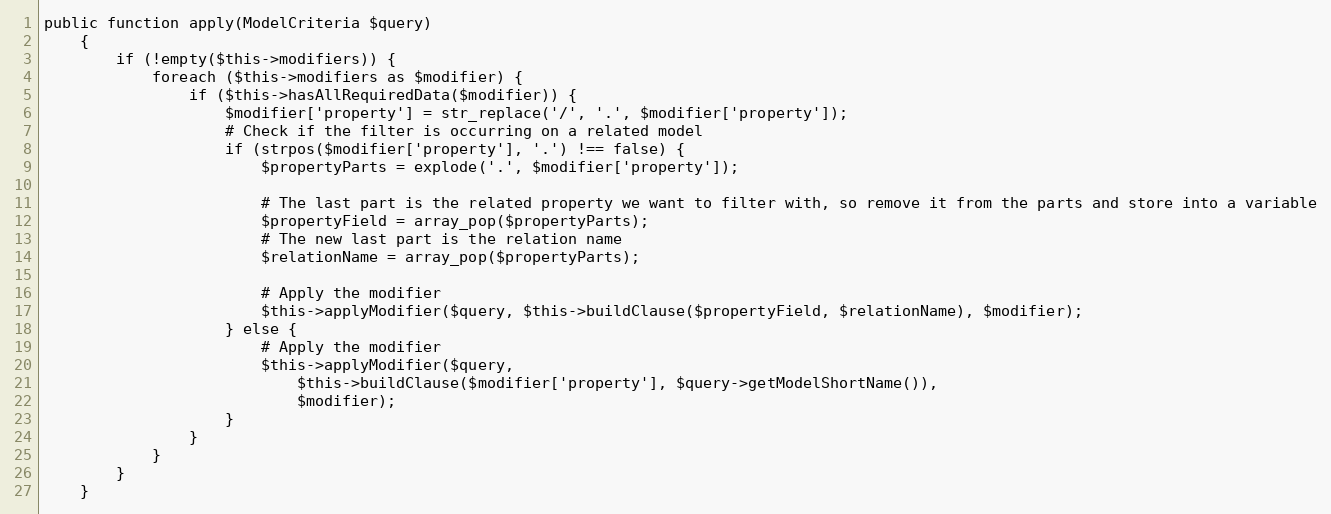
Language: PHP
public function apply(ModelCriteria $query)
    {
        if (!empty($this->modifiers)) {
            foreach ($this->modifiers as $modifier) {
                if ($this->hasAllRequiredData($modifier)) {
                    $modifier['property'] = str_replace('/', '.', $modifier['property']);
                    # Check if the filter is occurring on a related model
                    if (strpos($modifier['property'], '.') !== false) {
                        $propertyParts = explode('.', $modifier['property']);

                        # The last part is the related property we want to filter with, so remove it from the parts and store into a variable
                        $propertyField = array_pop($propertyParts);
                        # The new last part is the relation name
                        $relationName = array_pop($propertyParts);

                        # Apply the modifier
                        $this->applyModifier($query, $this->buildClause($propertyField, $relationName), $modifier);
                    } else {
                        # Apply the modifier
                        $this->applyModifier($query,
                            $this->buildClause($modifier['property'], $query->getModelShortName()),
                            $modifier);
                    }
                }
            }
        }
    }